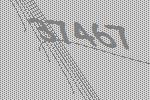
37467